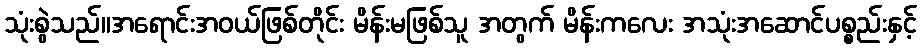
သုံးစွဲသည်။အရောင်းအဝယ်ဖြစ်တိုင်း မိန်းမဖြစ်သူ အတွက် မိန်းကလေး အသုံးအဆောင်ပစ္စည်းနှင့်